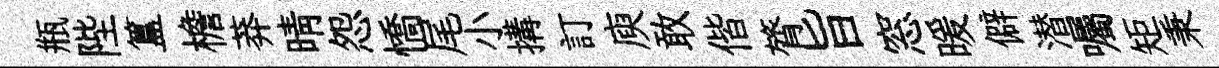
瓶陛簋檐莽晴怨憍尾小搆訂庾敢偕膂旨窓暖僻潜囑矩秉